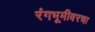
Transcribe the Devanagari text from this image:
रंगभूमीवरचा